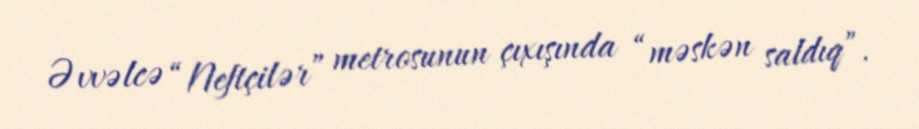
Əvvəlcə “Neftçilər” metrosunun çıxışında “məskən saldıq”.